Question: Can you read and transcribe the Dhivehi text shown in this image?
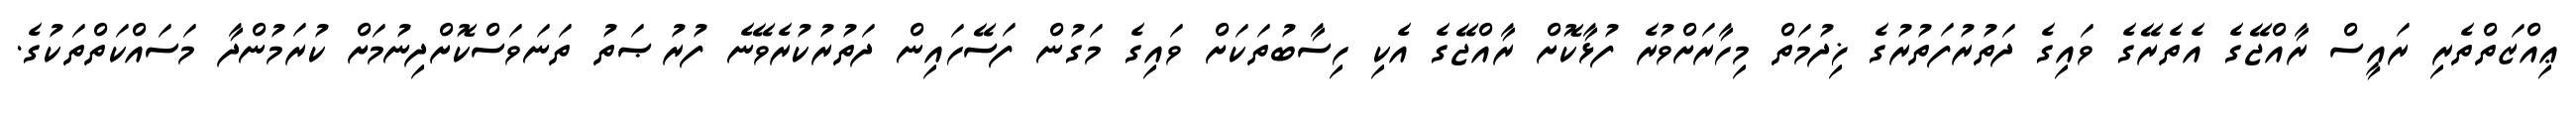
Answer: ޢިއްޒަތްތެރި ރައީސް ރާއްޖޭގެ އެތެރޭގެ ވައިގެ ދަތުރުފަތުރުގެ ޚިދުމަތް މިހާރަށްވުރެ ފުޅާކޮށް ރާއްޖޭގެ އެކި ހިސާބުތަކަށް ވައިގެ މަގުން ފަސޭހައިން ދަތުރުކުރެވޭނެ ފުރުޞަތު ތަނަވަސްކޮށްދިނުމަށް ކުރަމުންދާ މަސައްކަތްތަކުގެ.